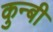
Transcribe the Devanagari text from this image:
कुन्बी